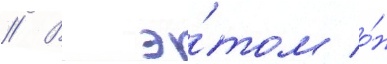
// В э́том о́н